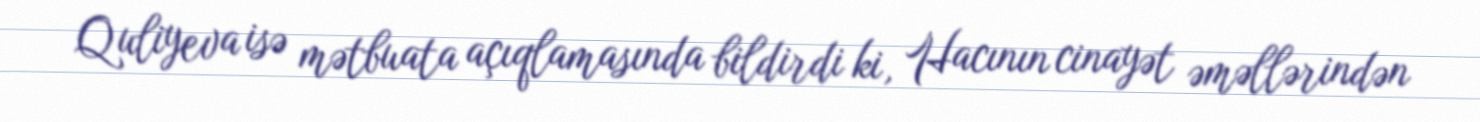
Quliyeva isə mətbuata açıqlamasında bildirdi ki, Hacının cinayət əməllərindən